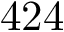
4 2 4